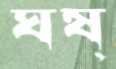
ঘষ্